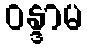
ဝန္ဒာမ